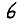
Digit: 6